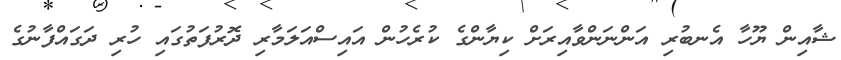
ޝާއިން ޔޫހާ އެނބުރި އަންނަންވާއިރަށް ކިޔާންގެ ކުރެހުން އައިސްއަލަމާރި ދޮރުފަތުގައި ހުރި ދަގައްފާނުގެ